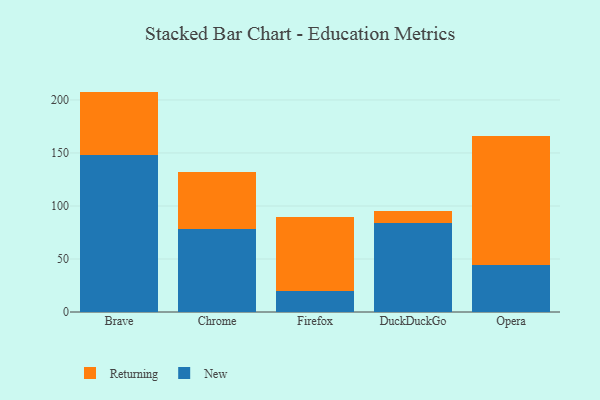
{"axis": {"x": "Browser", "y": "Conversion Rate (%)"}, "legend": ["New", "Returning"], "data": [{"x": "Brave", "y": 147.8, "type": "New"}, {"x": "Brave", "y": 60.1, "type": "Returning"}, {"x": "Chrome", "y": 78.3, "type": "New"}, {"x": "Chrome", "y": 53.9, "type": "Returning"}, {"x": "Firefox", "y": 19.9, "type": "New"}, {"x": "Firefox", "y": 70.1, "type": "Returning"}, {"x": "DuckDuckGo", "y": 84.0, "type": "New"}, {"x": "DuckDuckGo", "y": 10.9, "type": "Returning"}, {"x": "Opera", "y": 44.5, "type": "New"}, {"x": "Opera", "y": 121.1, "type": "Returning"}]}